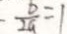
- \frac { b } { 2 a } = 1